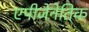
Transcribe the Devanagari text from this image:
एपीजेनेतिक